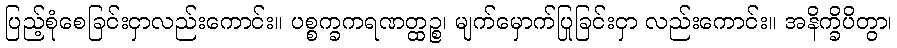
ပြည့်စုံစေခြင်းငှာလည်းကောင်း။ ပစ္စက္ခကရဏတ္ထဉ္စ၊ မျက်မှောက်ပြုခြင်းငှာ လည်းကောင်း။ အနိက္ခိပိတွာ၊